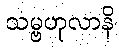
သမ္ဗဟုလာနိ